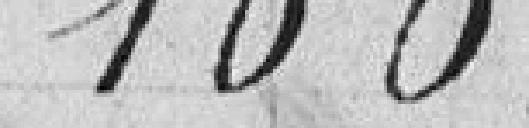
100